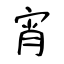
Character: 宵